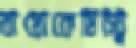
বায়োকেমিস্ট্রি